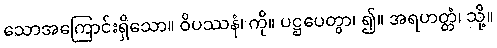
သောအကြောင်းရှိသော။ ဝိပဿနံ၊ ကို။ ပဋ္ဌပေတွာ၊ ၍။ အရဟတ္တံ၊ သို့။